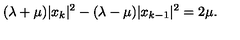
( \lambda + \mu ) | x _ { k } | ^ { 2 } - ( \lambda - \mu ) | x _ { k - 1 } | ^ { 2 } = 2 \mu .